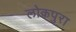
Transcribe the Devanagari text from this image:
लोकपुरा